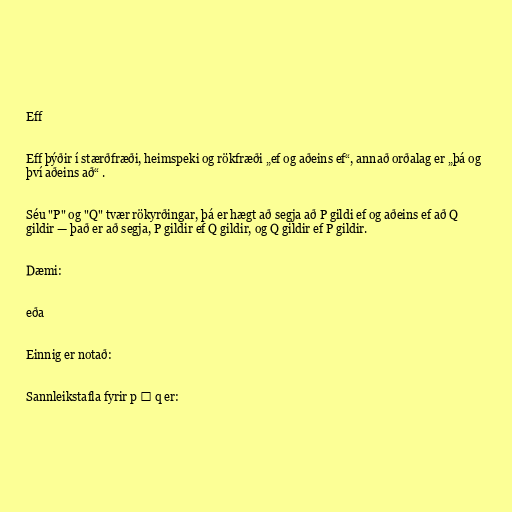
Eff

Eff þýðir í stærðfræði, heimspeki og rökfræði „ef og aðeins ef“, annað orðalag er „þá og
því aðeins að“ .

Séu "P" og "Q" tvær rökyrðingar, þá er hægt að segja að P gildi ef og aðeins ef að Q
gildir — það er að segja, P gildir ef Q gildir, og Q gildir ef P gildir.

Dæmi:

eða

Einnig er notað:

Sannleikstafla fyrir p ↔ q er: